Annual administration report of the Civil Veterinary Department, Ajmere-Merwara, British Rajputana - 1914-1940
Year: 1914
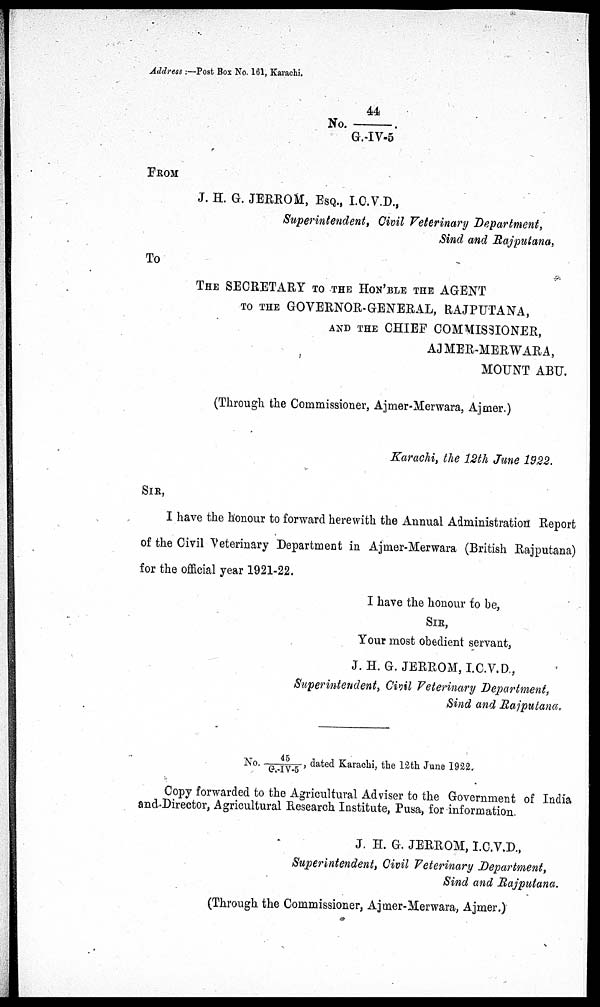
Address:—Post Box No. 161, Karachi.
No. 44/G.-IV-5.
FROM
J. H. G. JERROM, ESQ., I.C.V.D.,
Superintendent, Civil Veterinary Department,
Sind and Rajputana,
To
THE SECRETARY TO THE HON'BLE THE AGENT
TO THE GOVERNOR-GENERAL, RAJPUTANA,
AND THE CHIEF COMMISSIONER,
AJMER-MERWARA,
MOUNT ABU.
(Through the Commissioner, Ajmer-Merwara, Ajmer.)
Karachi, the 12th June 1922.
SIR,
I have the honour to forward herewith the Annual Administration Report
of the Civil Veterinary Department in Ajmer-Merwara (British Rajputana)
for the official year 1921-22.
I have the honour to be,
SIR,
Your most obedient servant,
J. H. G. JERROM, I.C.V.D.,
Superintendent, Civil Veterinary Department,
Sind and Rajputana.
No. 45/G.-IV-5, dated Karachi, the 12th June 1922.
Copy forwarded to the Agricultural Adviser to the Government of India
and Director, Agricultural Research Institute, Pusa, for information.
J. H. G. JERROM, I.C.V.D.,
Superintendent, Civil Veterinary Department,
Sind and Rajputana.
(Through the Commissioner, Ajmer-Merwara, Ajmer.)